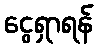
ငွေရှာရန်